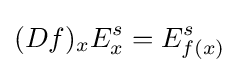
(Df)_{x}E_{x}^{s}=E_{f(x)}^{s}